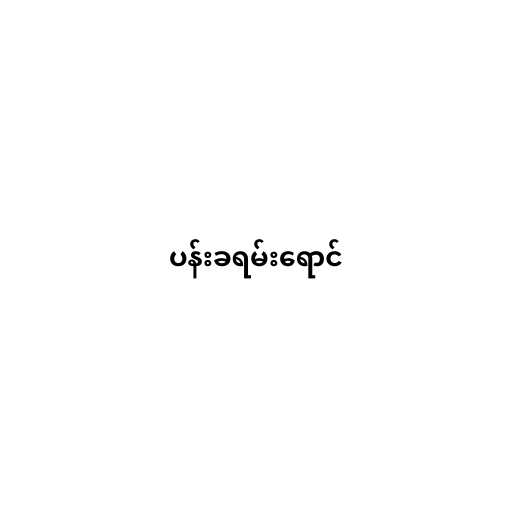
ပန်းခရမ်းရောင်